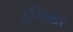
ઈલમાર